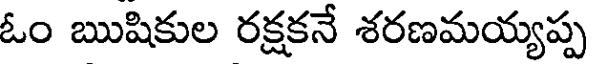
ఓం ఋషికుల రక్షకనే శరణమయ్యప్ప